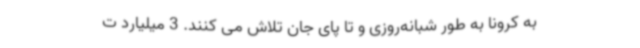
به کرونا به طور شبانه‌روزی و تا پای جان تلاش می کنند. 3 میلیارد ت